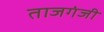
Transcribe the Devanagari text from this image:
ताजगंजी